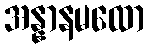
အန္နာနမထော